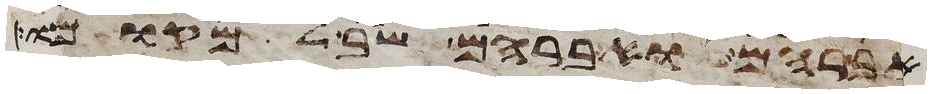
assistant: אברהם ואברהם שב למקומו